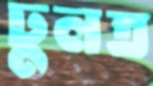
ঢুলত